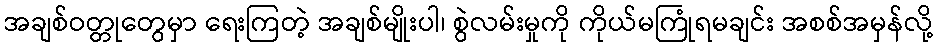
အချစ်ဝတ္တုတွေမှာ ရေးကြတဲ့ အချစ်မျိုးပါ၊ စွဲလမ်းမှုကို ကိုယ်မကြုံရမချင်း အစစ်အမှန်လို့